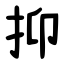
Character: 抑